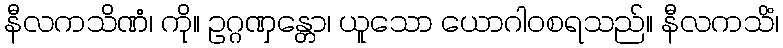
နီလကသိဏံ၊ ကို။ ဥဂ္ဂဏှန္တော၊ ယူသော ယောဂါဝစရသည်။ နီလကသိံ၊